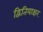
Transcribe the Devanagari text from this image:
द्वितियाक्षर